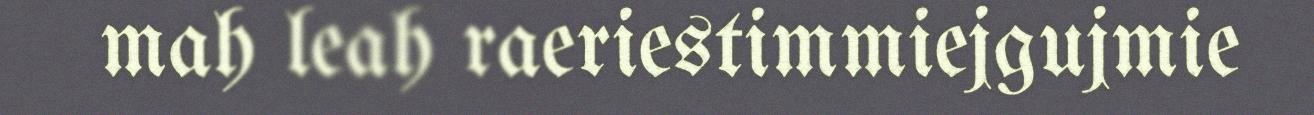
mah leah raeriestimmiejgujmie